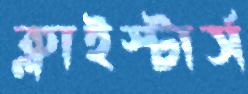
ক্লাইস্টার্স